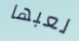
لعبها